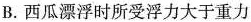
B. 西瓜漂浮时所受浮力大于重力